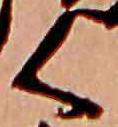
く